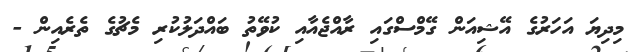
މިދިޔަ އަހަރުގެ އޭޝިއަން ގޭމްސްގައި ރާއްޖެއާއި ކުވޭތު ބައްދަލުކުރި މެޗުގެ ތެރެއިން -